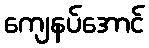
ကျေနပ်အောင်